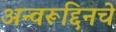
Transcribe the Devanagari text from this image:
अन्वरूद्दिनचे